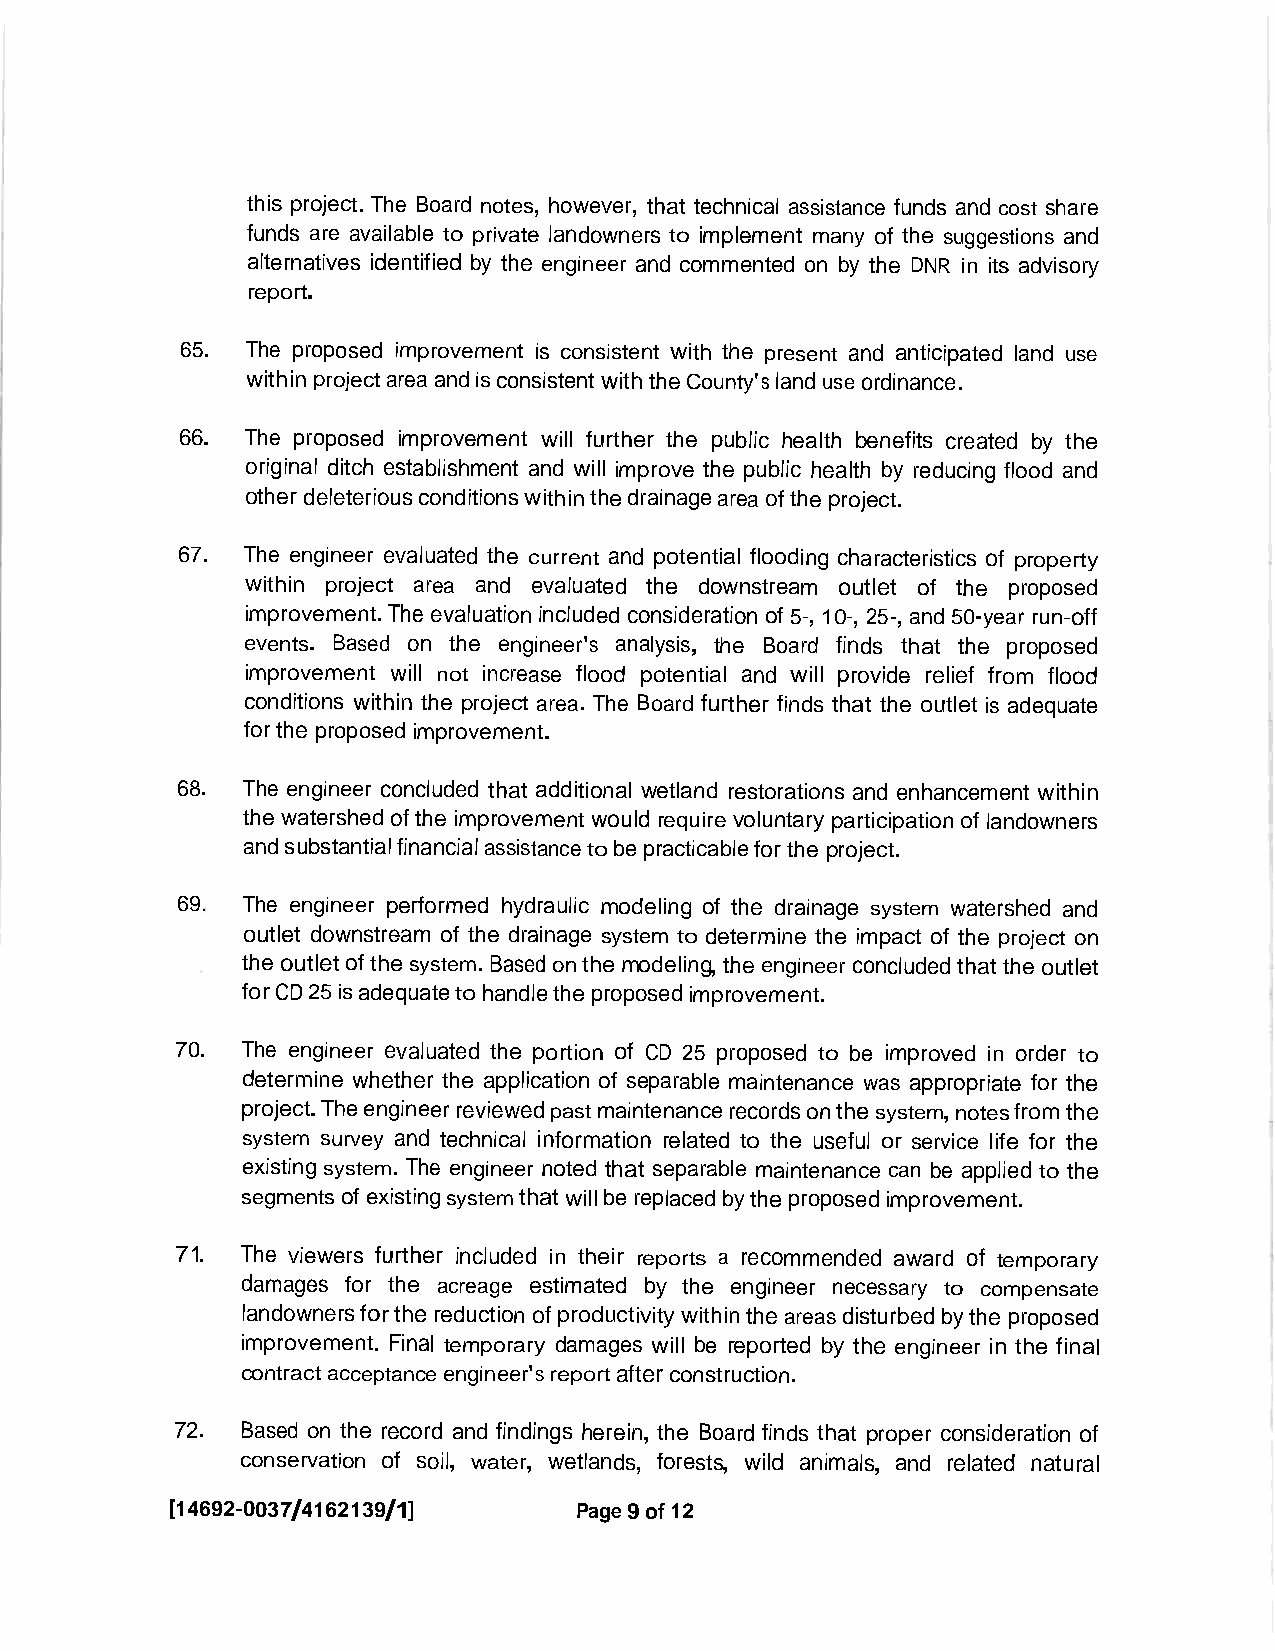
this project. The Board notes, however, that technical assistance funds and cost share
 funds are available to private landowners to implement many of the suggestions and
 alternatives identified by the engineer and commented on by the DNR in its advisory
 .
 report
 65. The proposed improvement is consistent with the present and anticipated land use
 withinprojectareaandisconsistentwiththeCounty'slanduseordinance.
 66. The proposed improvement will further the public health benefits created by the
 original ditch establishment and will improve the public health by reducing flood and
 otherdeleteriousconditionswithinthedrainagearea oftheproject.
 67. The engineer evaluated the current and potential flooding characteristics of property
 within project area and evaluated the downstream outlet of the proposed
 improvement.The evaluationincludedconsiderationof 5-,10-,25-,and50- year run-off
 events. Based on the engineer's analysis, the Board finds that the proposed
 improvement will not increase flood potential and will provide relief from flood
 conditions within the project area.The Board further finds that the outlet is adequate
 fortheproposedimprovement.
 68. The engineer concluded that additional wetland restorations and enhancement within
 the watershedoftheimprovementwouldrequire voluntary participationoflandowners
 andsubstantialfinancialassistancetobepracticableforthe project.
 69. The engineer performed hydraulic modeling of the drainage system watershed and
 outlet downstream of the drainage system to determine the impact of the project on
 theoutletofthesystem.Basedonthemodeling,theengineer concludedthat theoutlet
 forCD25isadequatetohandletheproposedimprovement.
 70. The engineer evaluated the portion of CD 25 proposed to be improved in order to
 determine whether the application of separable maintenance was appropriate for the
 project.Theengineerreviewedpastmaintenancerecordsonthesystem,notesfromthe
 system survey and technical information related to the useful or service life for the
 existing system. The engineer noted that separable maintenance can be applied to the
 segmentsofexistingsystemthatwillbereplacedbytheproposedimprovement.
 71. The viewers further included in their reports a recommended award of temporary
 damages for the acreage estimated by the engineer necessary to compensate
 landownersforthereductionofproductivity withinthe areasdisturbedbytheproposed
 improvement. Final temporary damages will be reported by the engineer in the final
 contractacceptanceengineer'sreportafterconstruction.
 72. Based on the record and findings herein,the Board finds that proper consideration of
 conservation of soil, water, wetlands, forests, wild animals, and related natural
 [14692-0037/4162139/1]     Page9of12